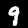
Digit: 9